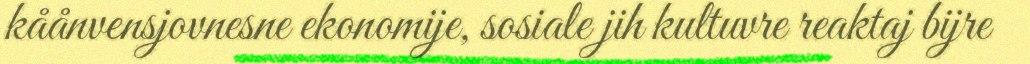
kåånvensjovnesne ekonomije, sosiale jih kultuvre reaktaj bijre